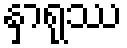
နှာရုဿ